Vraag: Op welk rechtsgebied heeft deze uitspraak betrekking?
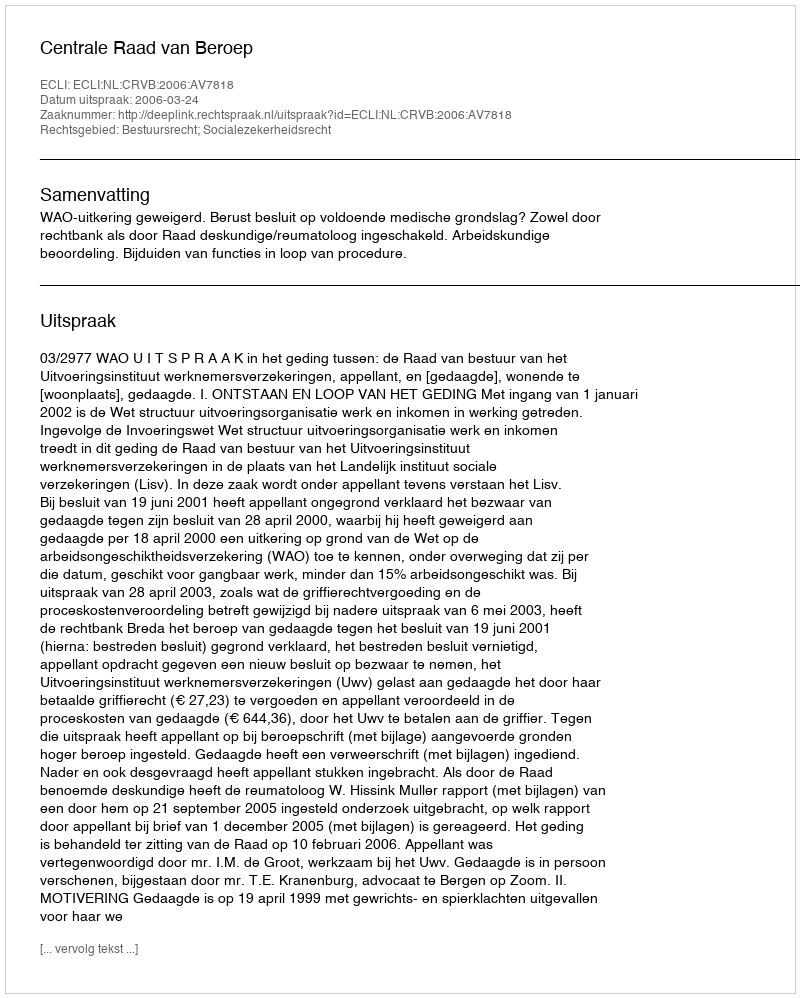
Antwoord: Bestuursrecht; Socialezekerheidsrecht